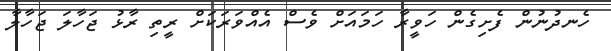
ހެނދުނުން ފެށިގެން ހަވީރާ ހަމައަށް ވެސް އެއްވަރަކަށް ރީތި ރާޅު ޖަހާލަ ޖަހާލާ